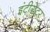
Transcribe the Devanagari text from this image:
इंटीग्रेटर